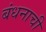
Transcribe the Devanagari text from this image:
बंधनाची